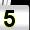
Digit: 5